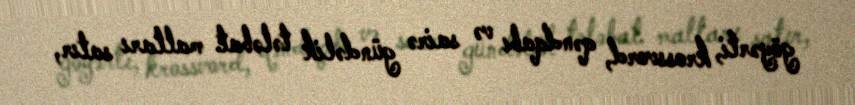
göyərti, krossvord, qəndqabı və sairə gündəlik tələbat malları satır,